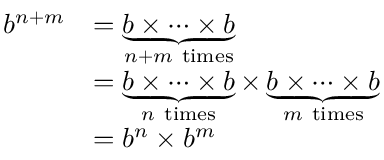
{ \begin{array} { r l } { b ^ { n + m } } & { = \underbrace { b \times \dots \times b } _ { n + m { \mathrm { ~ t i m e s } } } } \\ & { = \underbrace { b \times \dots \times b } _ { n { \mathrm { ~ t i m e s } } } \times \underbrace { b \times \dots \times b } _ { m { \mathrm { ~ t i m e s } } } } \\ & { = b ^ { n } \times b ^ { m } } \end{array} }